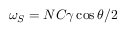
\omega _ { S } = N C \gamma \cos \theta / 2